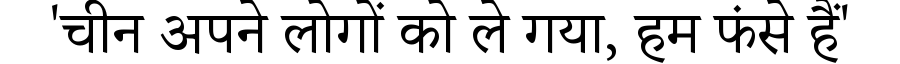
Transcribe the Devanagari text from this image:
'चीन अपने लोगों को ले गया, हम फंसे हैं'